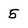
Character: 5